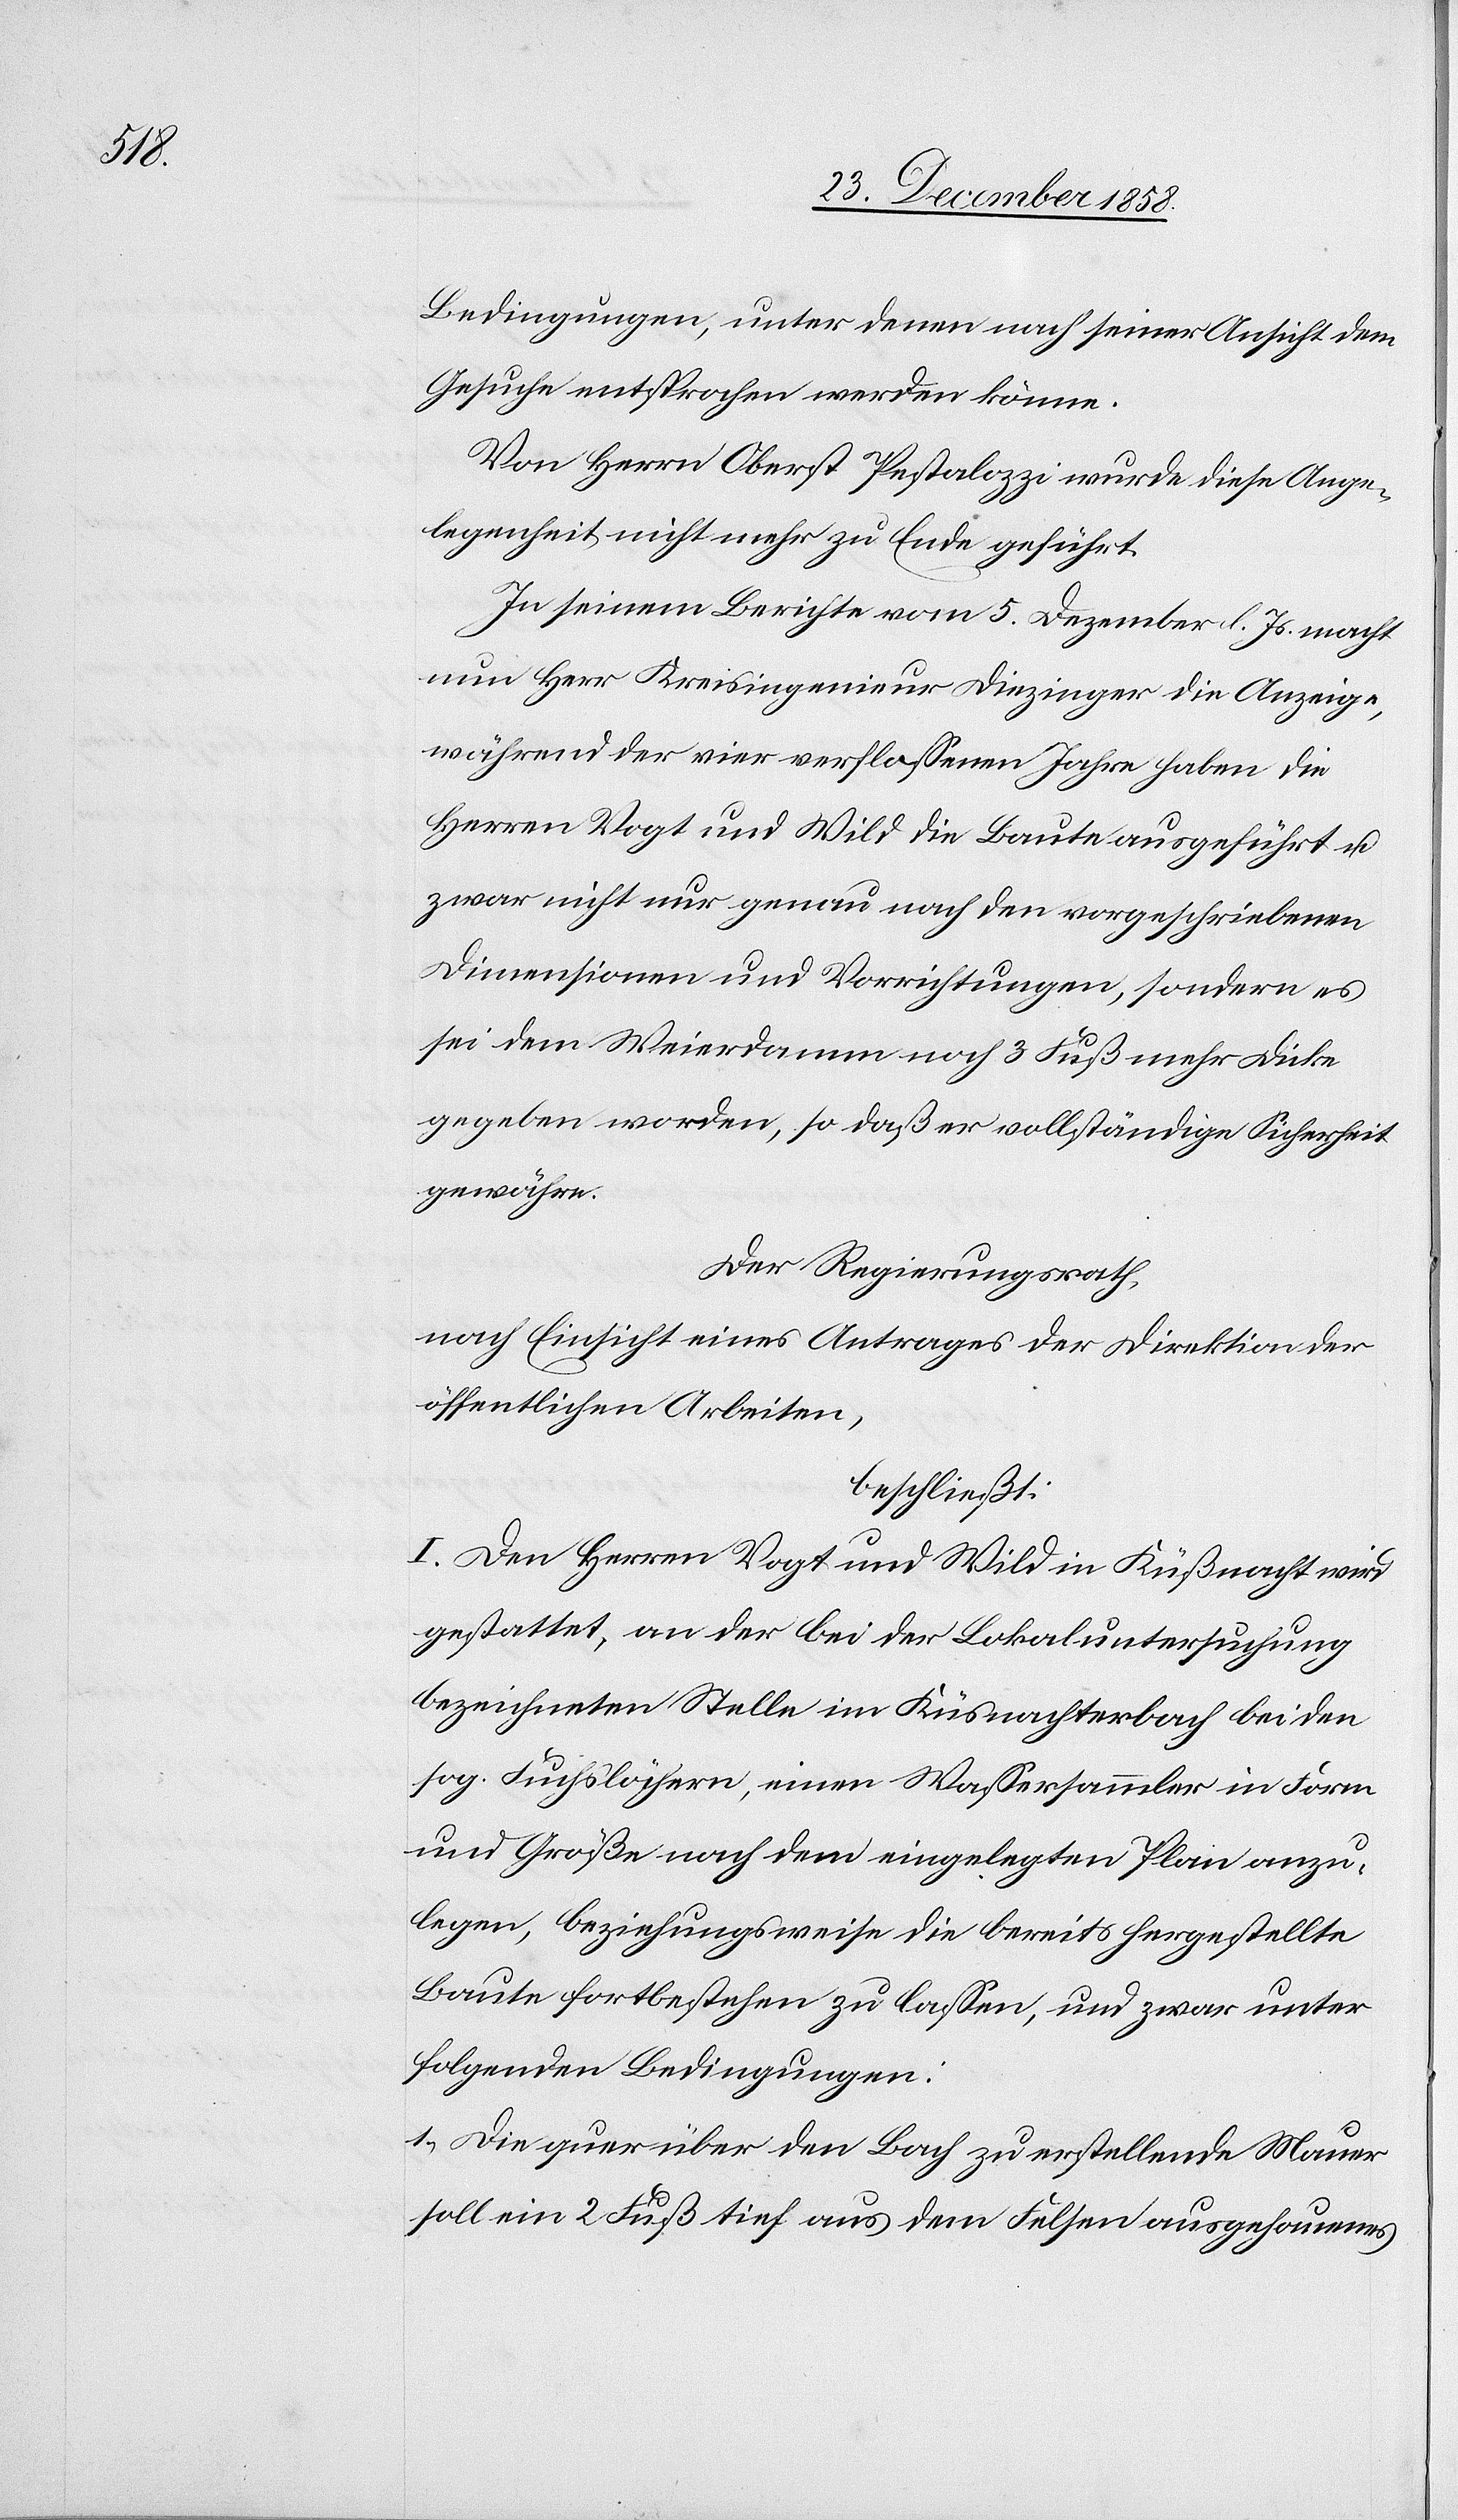
Bedingungen, unter denen nach seiner Ansicht dem
Gesuche entsprochen werden könne.
Von Herrn Oberst Pestalozzi wurde diese Ange¬
legenheit nicht mehr zu Ende geführt.
In seinem Berichte vom 5. Dezember l. Js. macht
nun Herr Kreisingenieur Diezinger die Anzeige,
während der vier verflossenen Jahre haben die
Herren Vogt und Wild die Baute ausgeführt u.
zwar nicht nur genau nach den vorgeschriebenen
Dimensionen und Vorrichtungen, sondern es
sei dem Weierdamm noch 3 Fuß mehr Dicke
gegeben worden, so daß er vollständige Sicherheit
gewähre.
Der Regierungsrath,
nach Einsicht eines Antrages der Direktion der
öffentlichen Arbeiten,
beschließt:
I. Den Herren Vogt und Wild in Küßnacht wird
gestattet, an der bei der Lokaluntersuchung
bezeichneten Stelle im Küsnachterbach bei den
sog. Fuchslöchern, einen Wassersammler in Form
und Größe nach dem eingelegten Plan anzu¬
legen, beziehungsweise die bereits hergestellte
Baute fortbestehen zu lassen, und zwar unter
folgenden Bedingungen:
1.) Die quer über den Bach zu erstellende Mauer
soll ein 2 Fuß tief aus dem Felsen ausgehauenes